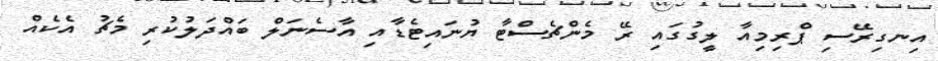
އިނގިރޭސި ޕްރިމިއާ ލީގުގައި ރޭ މެންޗެސްޓާ ޔުނައިޓެޑާއި އާސެނަލް ބައްދަލުކުރި މެޗު އެކެއް